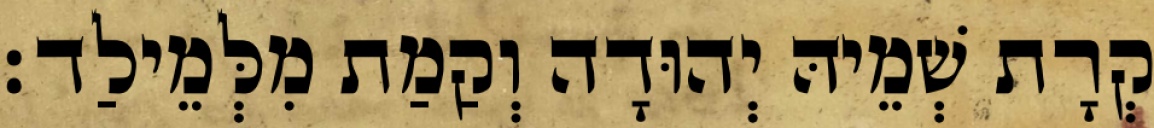
קְרָת שְׁמֵיהּ יְהוּדָה וְקַמַת מִלְּמֵילַד׃